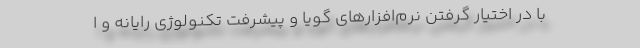
با در اختیار گرفتن نرم‌افزارهای گویا و پیشرفت تکنولوژی رایانه و ا